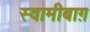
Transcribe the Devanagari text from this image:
स्वामीबाग़